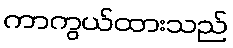
ကာကွယ်ထားသည်